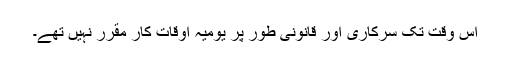
اس وقت تک سرکاری اور قانونی طور پر یومیہ اوقات کار مقرر نہیں تھے۔